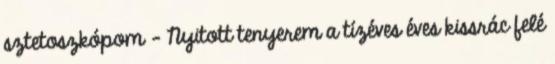
sztetoszkópom – Nyitott tenyerem a tízéves éves kissrác felé